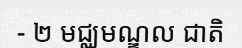
- ២ មជ្ឈមណ្ឌល ជាតិ